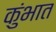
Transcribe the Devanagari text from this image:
कुंभात